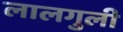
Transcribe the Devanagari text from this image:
लालगुली